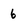
Character: 6